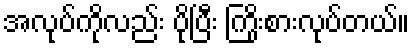
အလုပ်ကိုလည်း ပိုပြီး ကြိုးစားလုပ်တယ်။